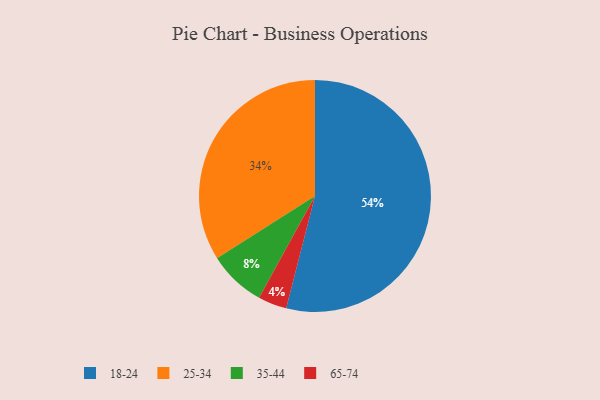
{"axis": {"x": "Category", "y": "Percentage"}, "legend": ["18-24", "25-34", "35-44", "65-74"], "data": [{"x": "25-34", "y": 34, "type": "25-34"}, {"x": "65-74", "y": 4, "type": "65-74"}, {"x": "35-44", "y": 8, "type": "35-44"}, {"x": "18-24", "y": 54, "type": "18-24"}]}